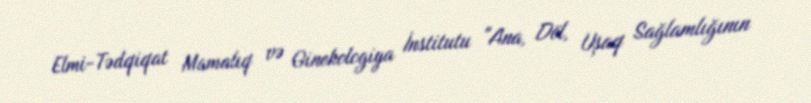
Elmi-Tədqiqat Mamalıq və Ginekologiya İnstitutu "Ana, Döl, Uşaq Sağlamlığının